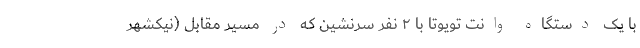
با یک دستگاه وانت تویوتا با ۲ نفر سرنشین که در مسیر مقابل (نیکشهر